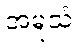
အမူသံ